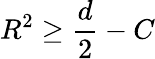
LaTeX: R^{2}\ge\frac{d}{2}-C